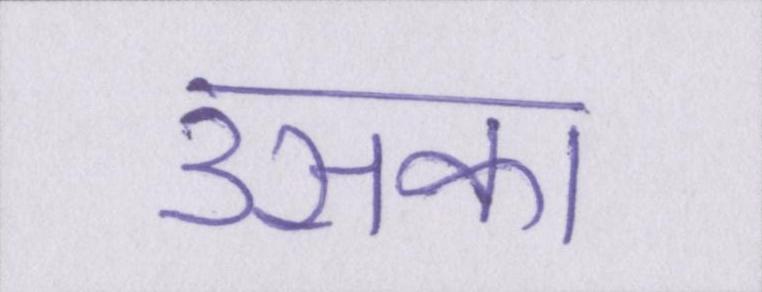
उसका